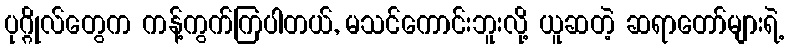
ပုဂ္ဂိုလ်တွေက ကန့်ကွက်ကြပါတယ်, မသင်ကောင်းဘူးလို့ ယူဆတဲ့ ဆရာတော်များရဲ့